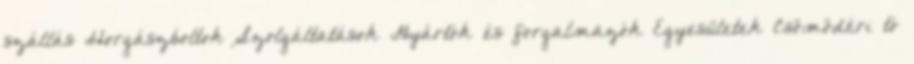
szállás Horgászboltok Szolgáltatások Gyártók és forgalmazók Egyesületek Csömödéri tó